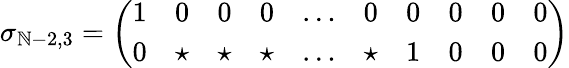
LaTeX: \sigma_{\mathbb{N}-2,3}=\left(\begin{array}{cccccccccc}{{1}}&{{0}}&{{0}}&{{0}}&{{\ldots}}&{{0}}&{{0}}&{{0}}&{{0}}&{{0}}\\ {{0}}&{{\star}}&{{\star}}&{{\star}}&{{\ldots}}&{{\star}}&{{1}}&{{0}}&{{0}}&{{0}}\end{array}\right)